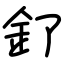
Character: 釕